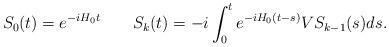
LaTeX: \begin{align*}S_0 (t) = e^{-iH_0t} \qquad S_k (t) = -i \int_0^t e^{-i H_0(t-s)}VS_{k-1}(s) ds.\end{align*}